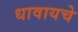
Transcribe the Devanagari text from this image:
धावायचे